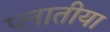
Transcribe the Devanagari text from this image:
प्लातीया